Vaccination in Bombay 1863-1868 - 1863-1868
Year: 1863
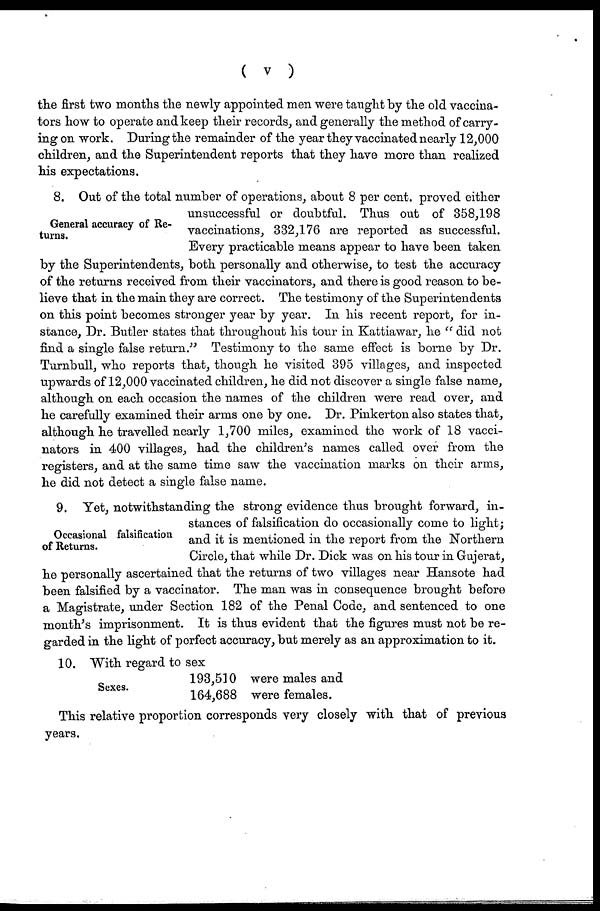
( v )
the first two months the newly appointed men were taught by the old vaccina-
tors how to operate and keep their records, and generally the method of carry-
ing on work. During the remainder of the year they vaccinated nearly 12,000
children, and the Superintendent reports that they have more than realized
his expectations.
General accuracy of Re-
turns.
8. Out of the total number of operations, about 8 per cent. proved either
unsuccessful or doubtful. Thus out of 358,198
vaccinations, 332,176 are reported as successful.
Every practicable means appear to have been taken
by the Superintendents, both personally and otherwise, to test the accuracy
of the returns received from their vaccinators, and there is good reason to be-
lieve that in the main they are correct. The testimony of the Superintendents
on this point becomes stronger year by year. In his recent report, for in-
stance, Dr. Butler states that throughout his tour in Kattiawar, he " did not
find a single false return." Testimony to the same effect is borne by Dr.
Turnbull, who reports that, though he visited 395 villages, and inspected
upwards of 12,000 vaccinated children, he did not discover a single false name,
although on each occasion the names of the children were read over, and
he carefully examined their arms one by one. Dr. Pinkerton also states that,
although he travelled nearly 1,700 miles, examined the work of 18 vacci-
nators in 400 villages, had the children's names called over from the
registers, and at the same time saw the vaccination marks on their arms,
he did not detect a single false name.
Occasional falsification
of Returns.
9. Yet, notwithstanding the strong evidence thus brought forward, in-
stances of falsification do occasionally come to light;
and it is mentioned in the report from the Northern
Circle, that while Dr. Dick was on his tour in Gujerat,
he personally ascertained that the returns of two villages near Hansote had
been falsified by a vaccinator. The man was in consequence brought before
a Magistrate, under Section 182 of the Penal Code, and sentenced to one
month's imprisonment. It is thus evident that the figures must not be re-
garded in the light of perfect accuracy, but merely as an approximation to it.
Sexes.
10. With regard to sex
193,510 were males and
164,688 were females.
This relative proportion corresponds very closely with that of previous
years.